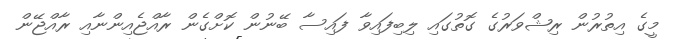
މީގެ އިތުރުން ރިޝްވަރުގެ ގޮތުގައި ލިބިފައިވާ ފައިސާ ބޭނުން ކޮށްގެން ރާއްޖެއިންނާއި ރާއްޖޭން